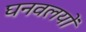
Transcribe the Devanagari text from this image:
घनवलयों